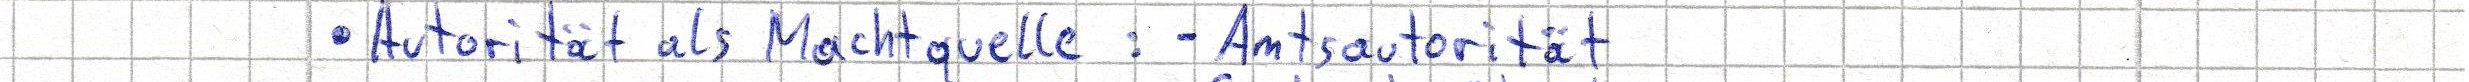
- Autorität als Machtquelle: - Amtsautorität